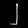
Digit: ၂